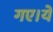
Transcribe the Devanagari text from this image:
गए।ये